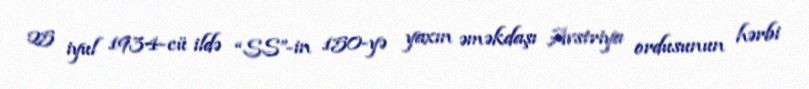
25 iyul 1934-cü ildə “SS”-in 150-yə yaxın əməkdaşı Avstriya ordusunun hərbi